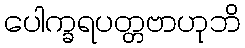
ပေါက္ခရပတ္တဗာဟုဘိ